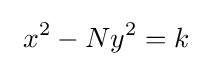
\ x^{2}-Ny^{2}=k